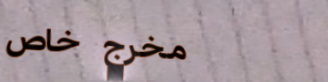
مخرج خاص